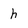
Character: h